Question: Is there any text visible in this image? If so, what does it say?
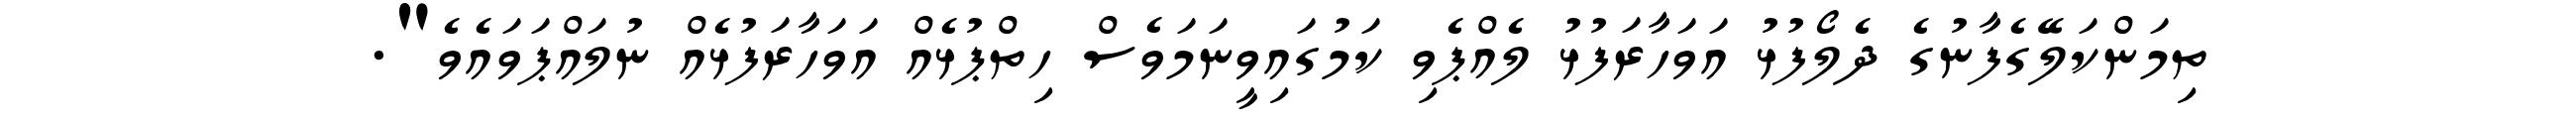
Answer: ތިމަންކަލޭގެފާނުގެ ދެލޯފުޅު އަވަހާރަފުޅު ލެއްޕެވި ކަމުގައިވީނަމަވެސް ހިތްޕުޅެއް އަވަހާރަފުޅެއް ނުލައްޕަވައެވެ".